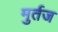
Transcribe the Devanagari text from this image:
मुर्तज